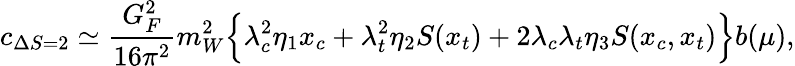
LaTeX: c_{\Delta S=2}\simeq{\frac{G_{F}^{2}}{16\pi^{2}}}m_{W}^{2}\Bigl\{ \lambda_{c}^{2}\eta_{1}x_{c}+\lambda_{t}^{2}\eta_{2}S(x_{t})+2\lambda_{c}\lambda_{t}\eta_{3}S(x_{c},x_{t})\Bigr\} b(\mu),